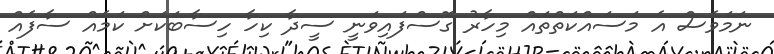
ނަމަވެސް އެ މަސައްކަތްތައް މިހާރު ގޮސްފައިވަނީ ސީދާ ކިހާ ހިސާބަކަށް ކަމެއް ސާފެއް